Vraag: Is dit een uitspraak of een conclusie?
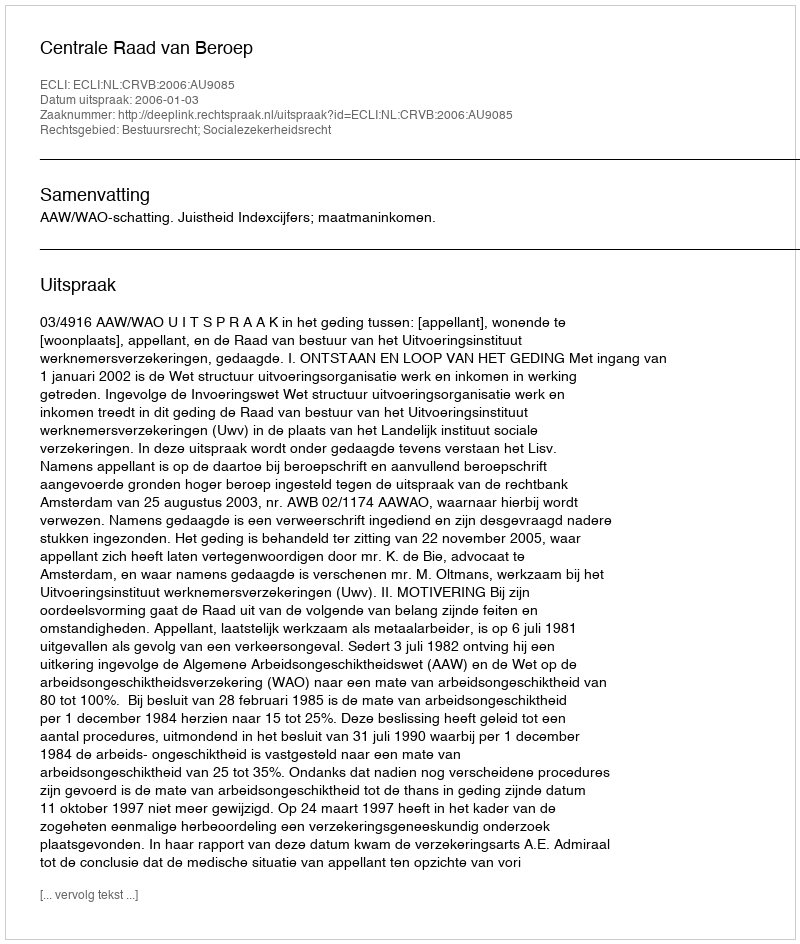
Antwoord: Uitspraak